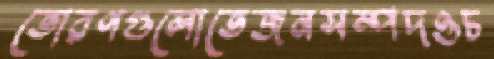
তোরণগুলোতেজনসম্পদওচ